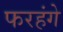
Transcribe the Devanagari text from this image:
फरहंगे